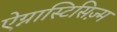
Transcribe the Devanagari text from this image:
ऐग्नास्टिसिज़्म